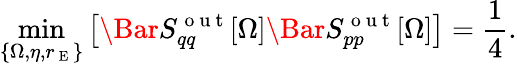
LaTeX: \operatorname*{min}_{\{ \Omega,\eta,r_{\mathrm{~E~}}\} }\left[\Bar{S}_{qq}^{\mathrm{~o~u~t~}}[\Omega]\Bar{S}_{pp}^{\mathrm{~o~u~t~}}[\Omega]\right]=\frac{1}{4}.